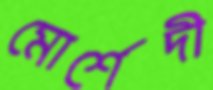
মোর্শেদী